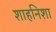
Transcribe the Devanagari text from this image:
शाहनिशा